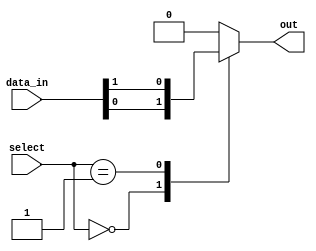
module multiplexer_64to1 (
  input wire [63:0] data_in,
  input wire [5:0] select,
  output reg out
);
  
  always @ (*) begin
    case (select)
      6'b000000: out = data_in[0];
      6'b000001: out = data_in[1];
      // add remaining cases for all 64 inputs
      default: out = 0; // default case
    endcase
  end
endmodule